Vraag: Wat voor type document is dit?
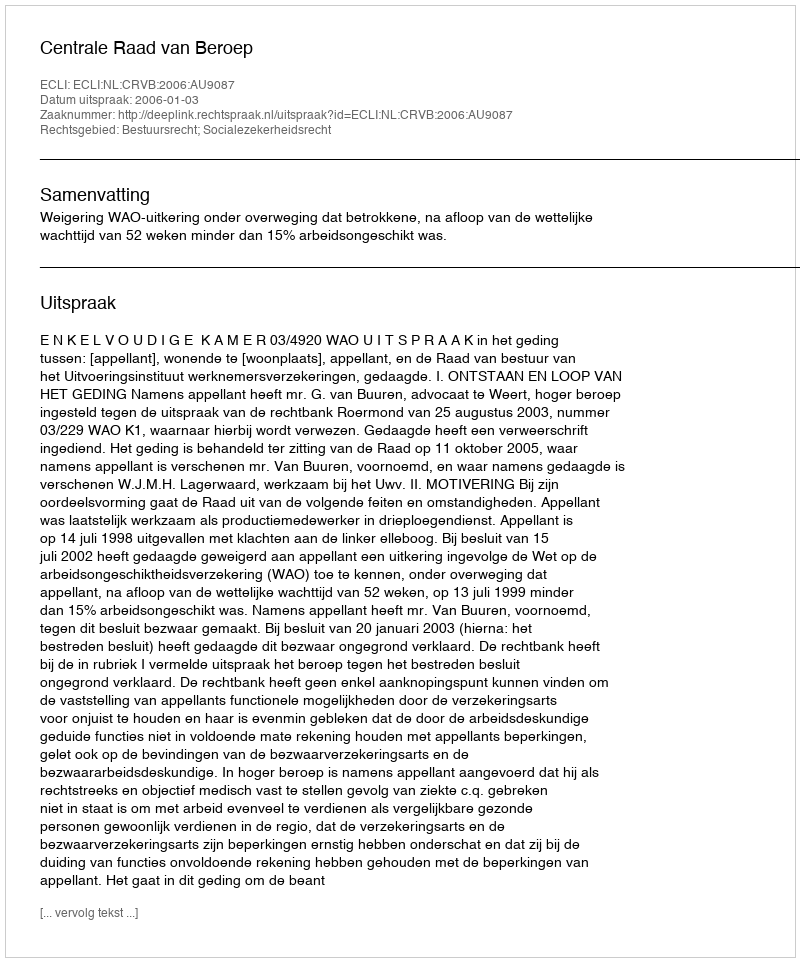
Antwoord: Uitspraak